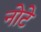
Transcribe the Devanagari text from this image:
नोटे